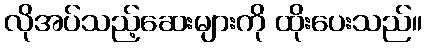
လိုအပ်သည့်ဆေးများကို ထိုးပေးသည်။